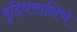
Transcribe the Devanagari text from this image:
बुद्धिसाक्षिणे